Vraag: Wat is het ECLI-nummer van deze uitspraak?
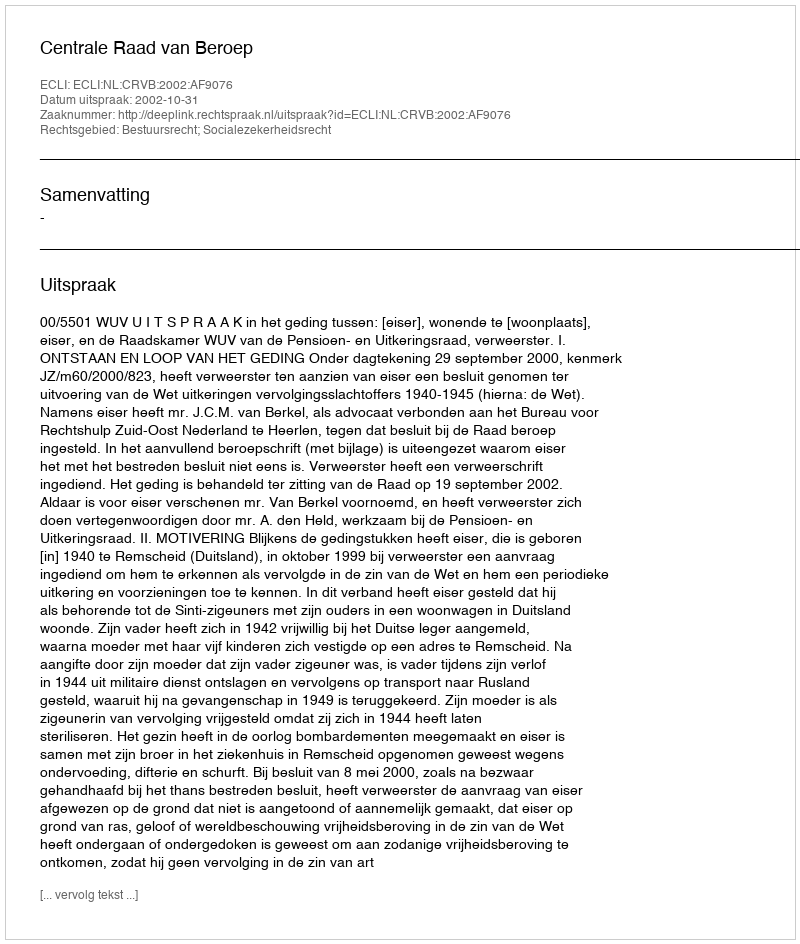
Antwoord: ECLI:NL:CRVB:2002:AF9076